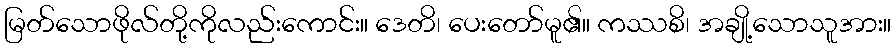
မြတ်သောဖိုလ်တို့ကိုလည်းကောင်း။ ဒေတိ၊ ပေးတော်မူ၏။ ကဿစိ၊ အချို့သောသူအား။